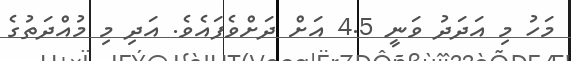
މަހު މި އަދަދު ވަނީ 4.5 އަށް ދަށްވެފައެވެ. އަދި މި މުއްދަތުގެ